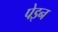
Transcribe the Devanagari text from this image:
पेइन